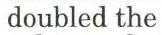
 doubled the